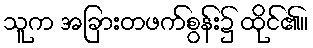
သူက အခြားတဖက်စွန်း၌ ထိုင်၏။